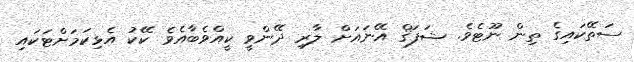
ސަތޭކައިގެ ތިން ނޫޓެވެ. ޝަފަޤް އޭނައަށް ލާރި ދޭންވީ ކީއްވެބާއެވެ ކޭކު އެޅިކަމަށްޓަކައި